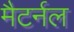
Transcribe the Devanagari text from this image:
मैटर्नल